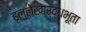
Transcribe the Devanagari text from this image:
हृल्लेखार्द्धभूता